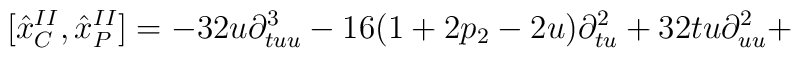
\lbrack {\hat{x}}_{C}^{II},{\hat{x}}_{P}^{II}]=-32u\partial_{tuu}^{3}-16(1+2p_{2}-2u)\partial _{tu}^{2}+32tu\partial _{uu}^{2}+